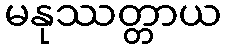
မနုဿတ္တာယ